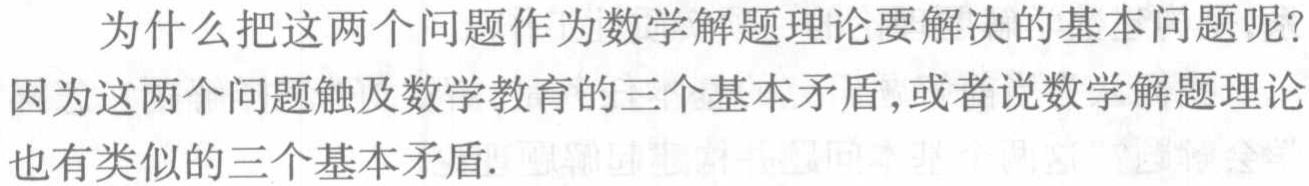
为什么把这两个问题作为数学解题理论要解决的基本问题呢？因为这两个问题触及数学教育的三个基本矛盾,或者说数学解题理论也有类似的三个基本矛盾.